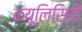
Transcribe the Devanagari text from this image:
क्यूलिसिडी